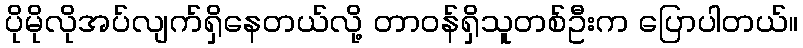
ပိုမိုလိုအပ်လျက်ရှိနေတယ်လို့ တာဝန်ရှိသူတစ်ဦးက ပြောပါတယ်။